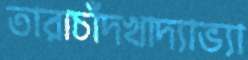
তারাচাঁদখাদ্যাভ্যা